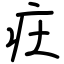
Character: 㽵